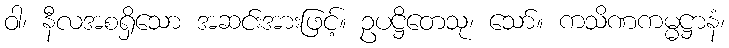
ဝါ၊ နီလအစရှိသော အဆင်းအားဖြင့်။ ဥပဋ္ဌိတေသု၊ သော်။ ကသိဏကမ္မဋ္ဌာနံ၊